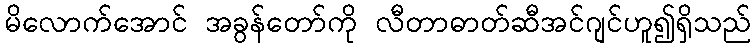
မိလောက်အောင် အခွန်တော်ကို လီတာဓာတ်ဆီအင်ဂျင်ဟူ၍ရှိသည်